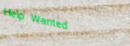
Help Wanted